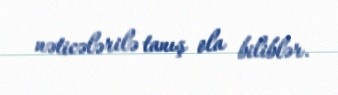
nəticələrilə tanış ola biliblər.